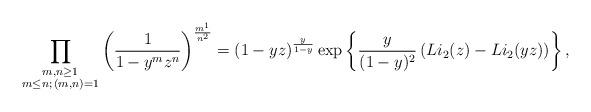
LaTeX: \begin{align*} \prod_{\substack{m,n \geq 1 \\ m \leq n ; \, (m,n)=1}} \left( \frac{1}{1- y^m z^n} \right)^{\frac{m^1 }{n^2}} = \left(1-yz\right)^{\frac{y}{1-y}} \exp\left\{ \frac{y}{(1-y)^2} \left(Li_2(z)- Li_2(yz)\right) \right\},\end{align*}